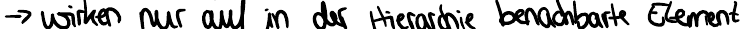
-> wirken nur auf in der Hierarchie benachbarte Element